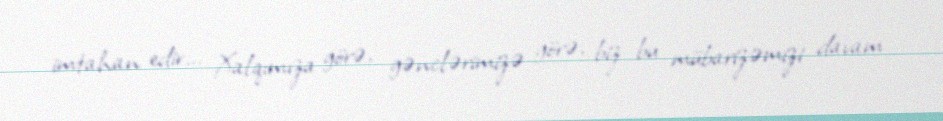
imtahan edir... Xalqımıza görə, gənclərimizə görə, biz bu mübarizəmizi davam